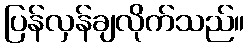
ပြန်လှန်ချလိုက်သည်။